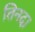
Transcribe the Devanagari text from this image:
तिनदा